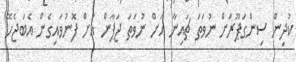
ކުދިން ސިންގަޕޫރަށް ނުވަތަ ޗައިނާ އަށް ނުވަތަ ޖަޕާން އަށް ފޮނުވައިގެން އެބަޖެހޭ